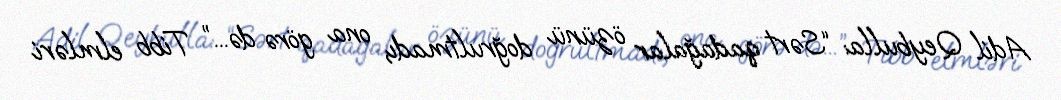
Adil Qeybulla: “Sərt qadağalar özünü doğrultmadı, ona görə də...” Tibb elmləri